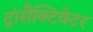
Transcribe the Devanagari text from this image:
ट्रांसैक्टिवेटर